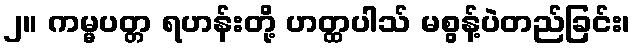
၂။ ကမ္မပတ္တ ရဟန်းတို့ ဟတ္ထပါသ် မစွန့်ပဲတည်ခြင်း၊